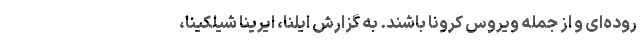
روده‌ای و از جمله ویروس کرونا باشند. به گزارش ایلنا، ایرینا شیلکینا،